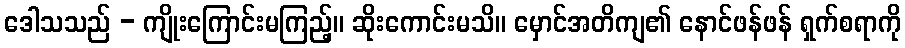
ဒေါသသည် - ကျိုးကြောင်းမကြည့်။ ဆိုးကောင်းမသိ။ မှောင်အတိကျ၏ နောင်ဖန်ဖန် ရှက်စရာကို